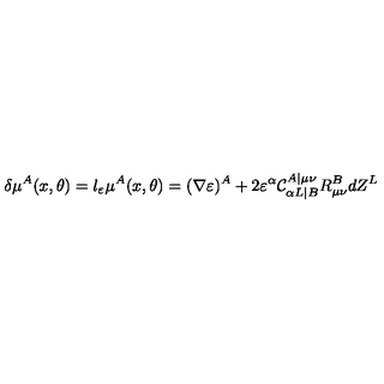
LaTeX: \delta \mu ^ { A } ( x , \theta ) = l _ { \varepsilon } \mu ^ { A } ( x , \theta ) = ( \nabla \varepsilon ) ^ { A } + 2 \varepsilon ^ { \alpha } \mathcal { C } _ { \alpha L | B } ^ { A | \mu \nu } R _ { \mu \nu } ^ { B } d Z ^ { L }